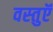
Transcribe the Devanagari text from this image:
वस्‍तुऍं